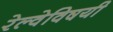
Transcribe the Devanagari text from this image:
रेल्वेविषयी